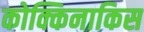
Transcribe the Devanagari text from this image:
कोक्किनाकिस